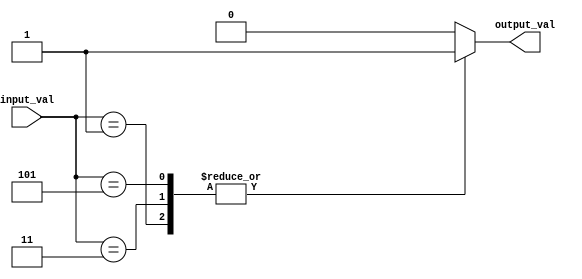
module case_statement (
    input [2:0] input_val,
    output reg output_val
);

initial begin
    case(input_val)
        3'b000: output_val <= 0;
        3'b001: output_val <= 1;
        3'b010: output_val <= 0; 
        3'b011: output_val <= 1; 
        3'b100: output_val <= 0; 
        3'b101: output_val <= 1; 
        default: output_val <= 0;
    endcase
end

endmodule